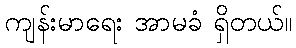
ကျန်းမာရေး အာမခံ ရှိတယ်။